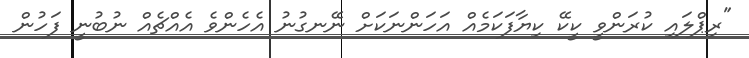
"ރިޕްލައި ކުރަންވީ ކީކޭ ކިޔާފަކަމެއް އަހަންނަކަށް ނޭނގުނު އެހެންވެ އެއްޗެއް ނުބުނީ ފަހުން